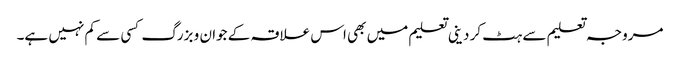
مروجہ تعلیم سے ہٹ کر دینی تعلیم میں بھی اس علاقہ کے جوان و بزرگ کسی سے کم نہیں ہے۔